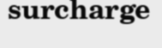
surcharge